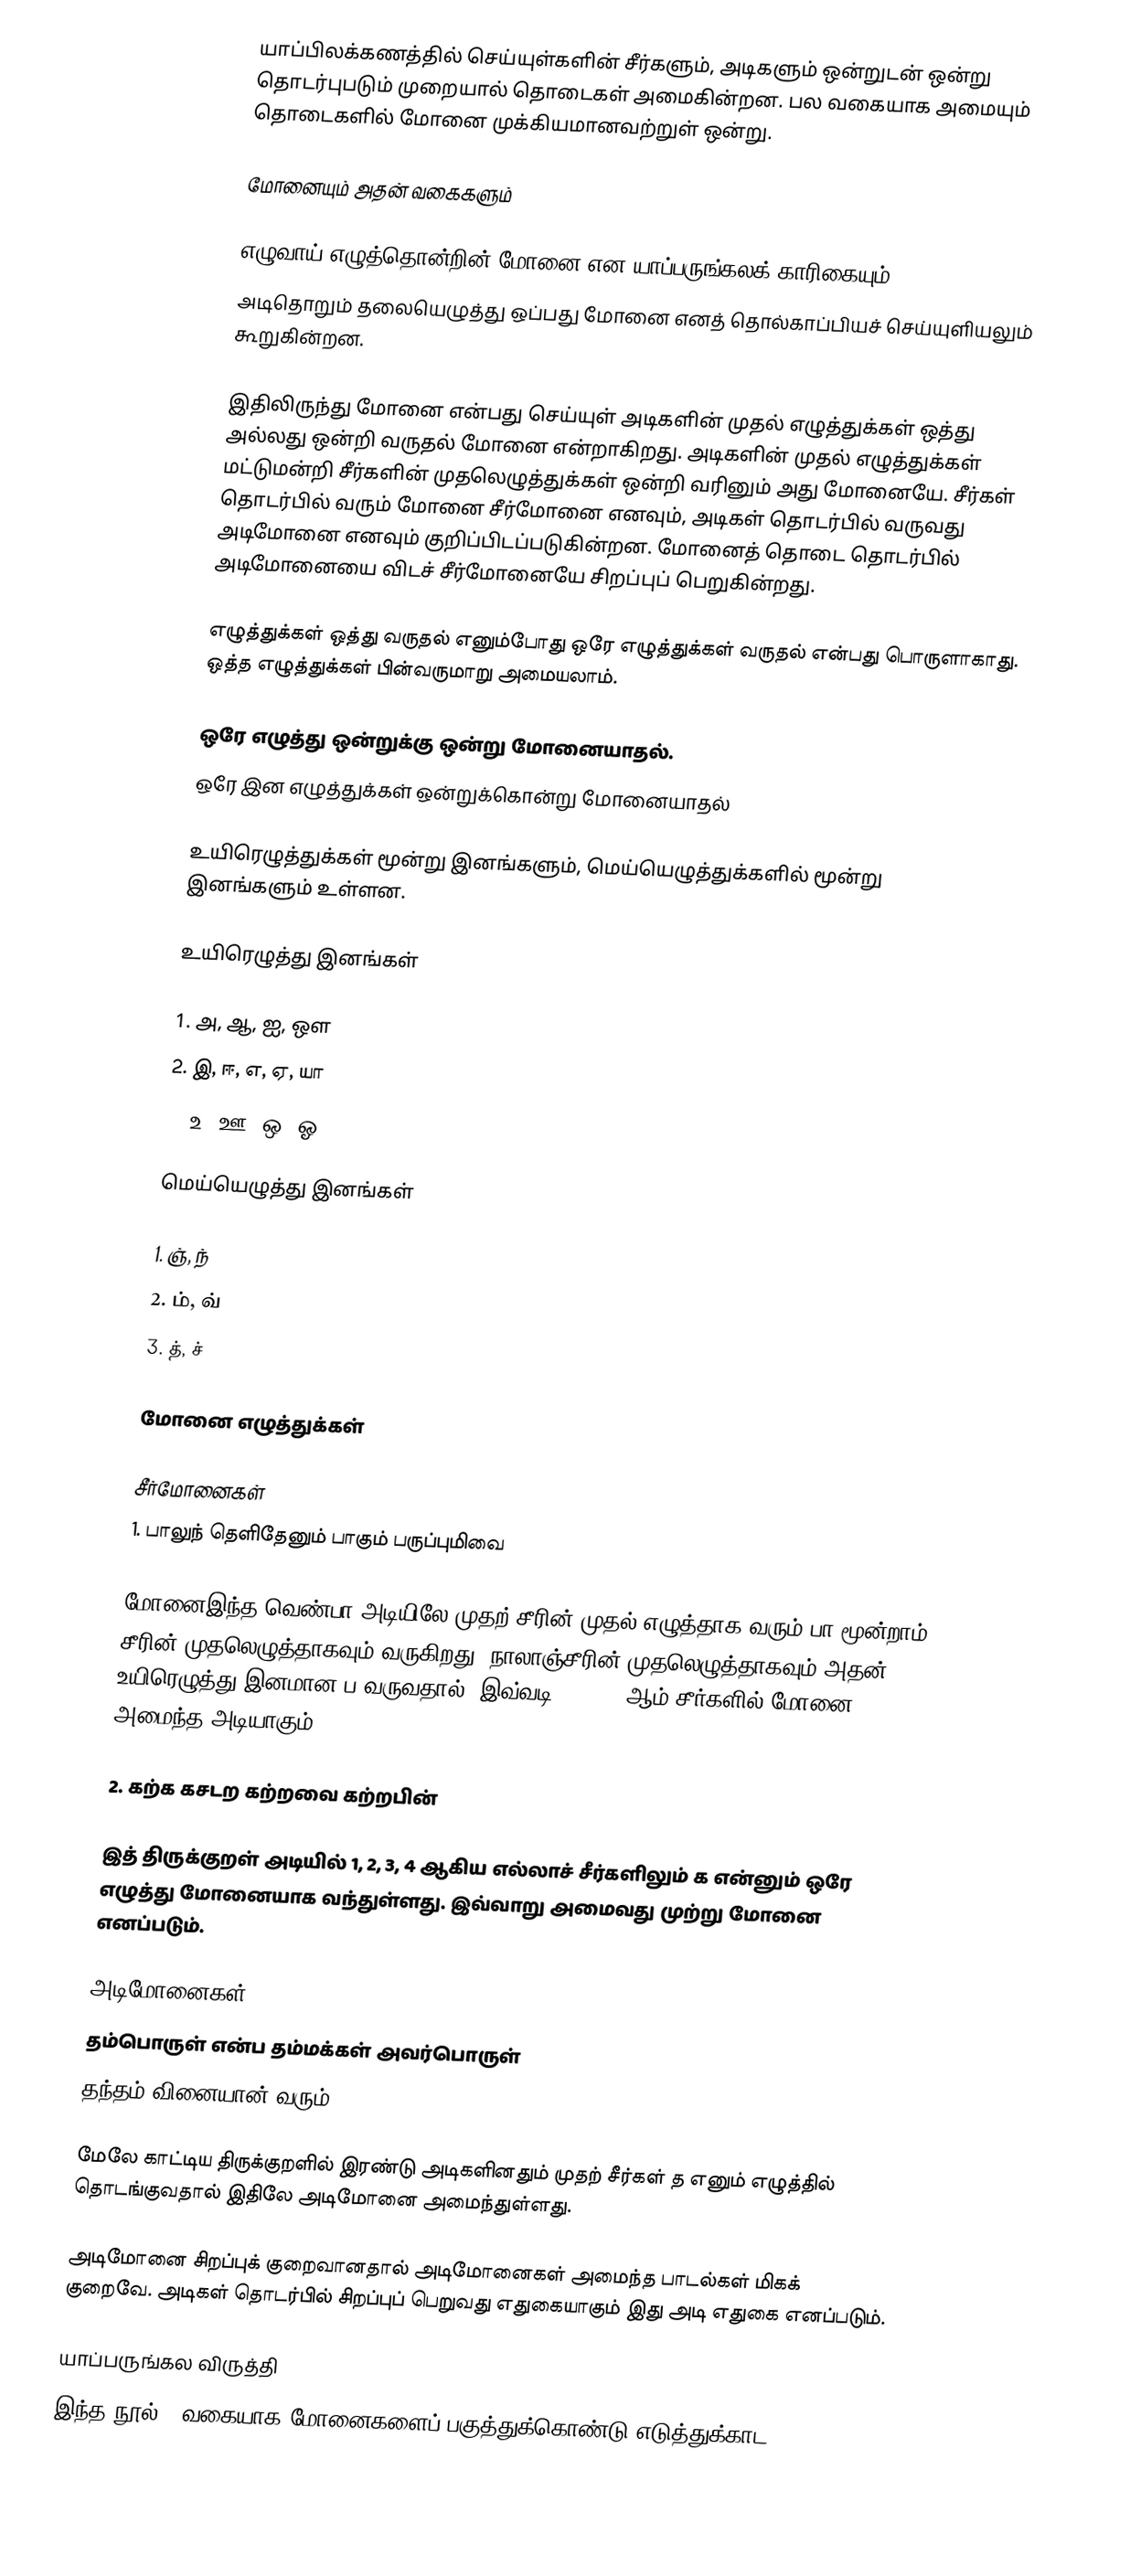
யாப்பிலக்கணத்தில் செய்யுள்களின் சீர்களும், அடிகளும் ஒன்றுடன் ஒன்று தொடர்புபடும் முறையால் தொடைகள் அமைகின்றன. பல வகையாக அமையும் தொடைகளில் மோனை முக்கியமானவற்றுள் ஒன்று.

மோனையும் அதன் வகைகளும்

 எழுவாய் எழுத்தொன்றின் மோனை என யாப்பருங்கலக் காரிகையும்,
 அடிதொறும் தலையெழுத்து ஒப்பது மோனை எனத் தொல்காப்பியச் செய்யுளியலும் கூறுகின்றன.

இதிலிருந்து மோனை என்பது செய்யுள் அடிகளின் முதல் எழுத்துக்கள் ஒத்து அல்லது ஒன்றி வருதல் மோனை என்றாகிறது. அடிகளின் முதல் எழுத்துக்கள் மட்டுமன்றி சீர்களின் முதலெழுத்துக்கள் ஒன்றி வரினும் அது மோனையே. சீர்கள் தொடர்பில் வரும் மோனை சீர்மோனை எனவும், அடிகள் தொடர்பில் வருவது அடிமோனை எனவும் குறிப்பிடப்படுகின்றன. மோனைத் தொடை தொடர்பில் அடிமோனையை விடச் சீர்மோனையே சிறப்புப் பெறுகின்றது.

எழுத்துக்கள் ஒத்து வருதல் எனும்போது ஒரே எழுத்துக்கள் வருதல் என்பது பொருளாகாது. ஒத்த எழுத்துக்கள் பின்வருமாறு அமையலாம்.

 ஒரே எழுத்து ஒன்றுக்கு ஒன்று மோனையாதல்.
 ஒரே இன எழுத்துக்கள் ஒன்றுக்கொன்று மோனையாதல்

உயிரெழுத்துக்கள் மூன்று இனங்களும், மெய்யெழுத்துக்களில் மூன்று இனங்களும் உள்ளன.

உயிரெழுத்து இனங்கள்

 1. அ, ஆ, ஐ, ஔ
 2. இ, ஈ, எ, ஏ, யா
 3. உ, ஊ, ஒ, ஓ

மெய்யெழுத்து இனங்கள்

 1. ஞ், ந்
 2. ம், வ்
 3. த், ச்

மோனை எழுத்துக்கள்

சீர்மோனைகள்
 1. பாலுந் தெளிதேனும் பாகும் பருப்புமிவை

மோனைஇந்த வெண்பா அடியிலே முதற் சீரின் முதல் எழுத்தாக வரும் பா மூன்றாம் சீரின் முதலெழுத்தாகவும் வருகிறது. நாலாஞ்சீரின் முதலெழுத்தாகவும் அதன் உயிரெழுத்து இனமான ப வருவதால், இவ்வடி 1, 3, 4 ஆம் சீர்களில் மோனை அமைந்த அடியாகும்.

 2. கற்க கசடற கற்றவை கற்றபின்

இத் திருக்குறள் அடியில் 1, 2, 3, 4 ஆகிய எல்லாச் சீர்களிலும் க என்னும் ஒரே எழுத்து மோனையாக வந்துள்ளது. இவ்வாறு அமைவது முற்று மோனை எனப்படும்.

அடிமோனைகள்
 தம்பொருள் என்ப தம்மக்கள் அவர்பொருள்
 தந்தம் வினையான் வரும்

மேலே காட்டிய திருக்குறளில் இரண்டு அடிகளினதும் முதற் சீர்கள் த எனும் எழுத்தில் தொடங்குவதால் இதிலே அடிமோனை அமைந்துள்ளது.

அடிமோனை சிறப்புக் குறைவானதால் அடிமோனைகள் அமைந்த பாடல்கள் மிகக் குறைவே. அடிகள் தொடர்பில் சிறப்புப் பெறுவது எதுகையாகும் இது அடி எதுகை எனப்படும்.

யாப்பருங்கல விருத்தி
இந்த நூல் 7 வகையாக மோனைகளைப் பகுத்துக்கொண்டு எடுத்துக்காட